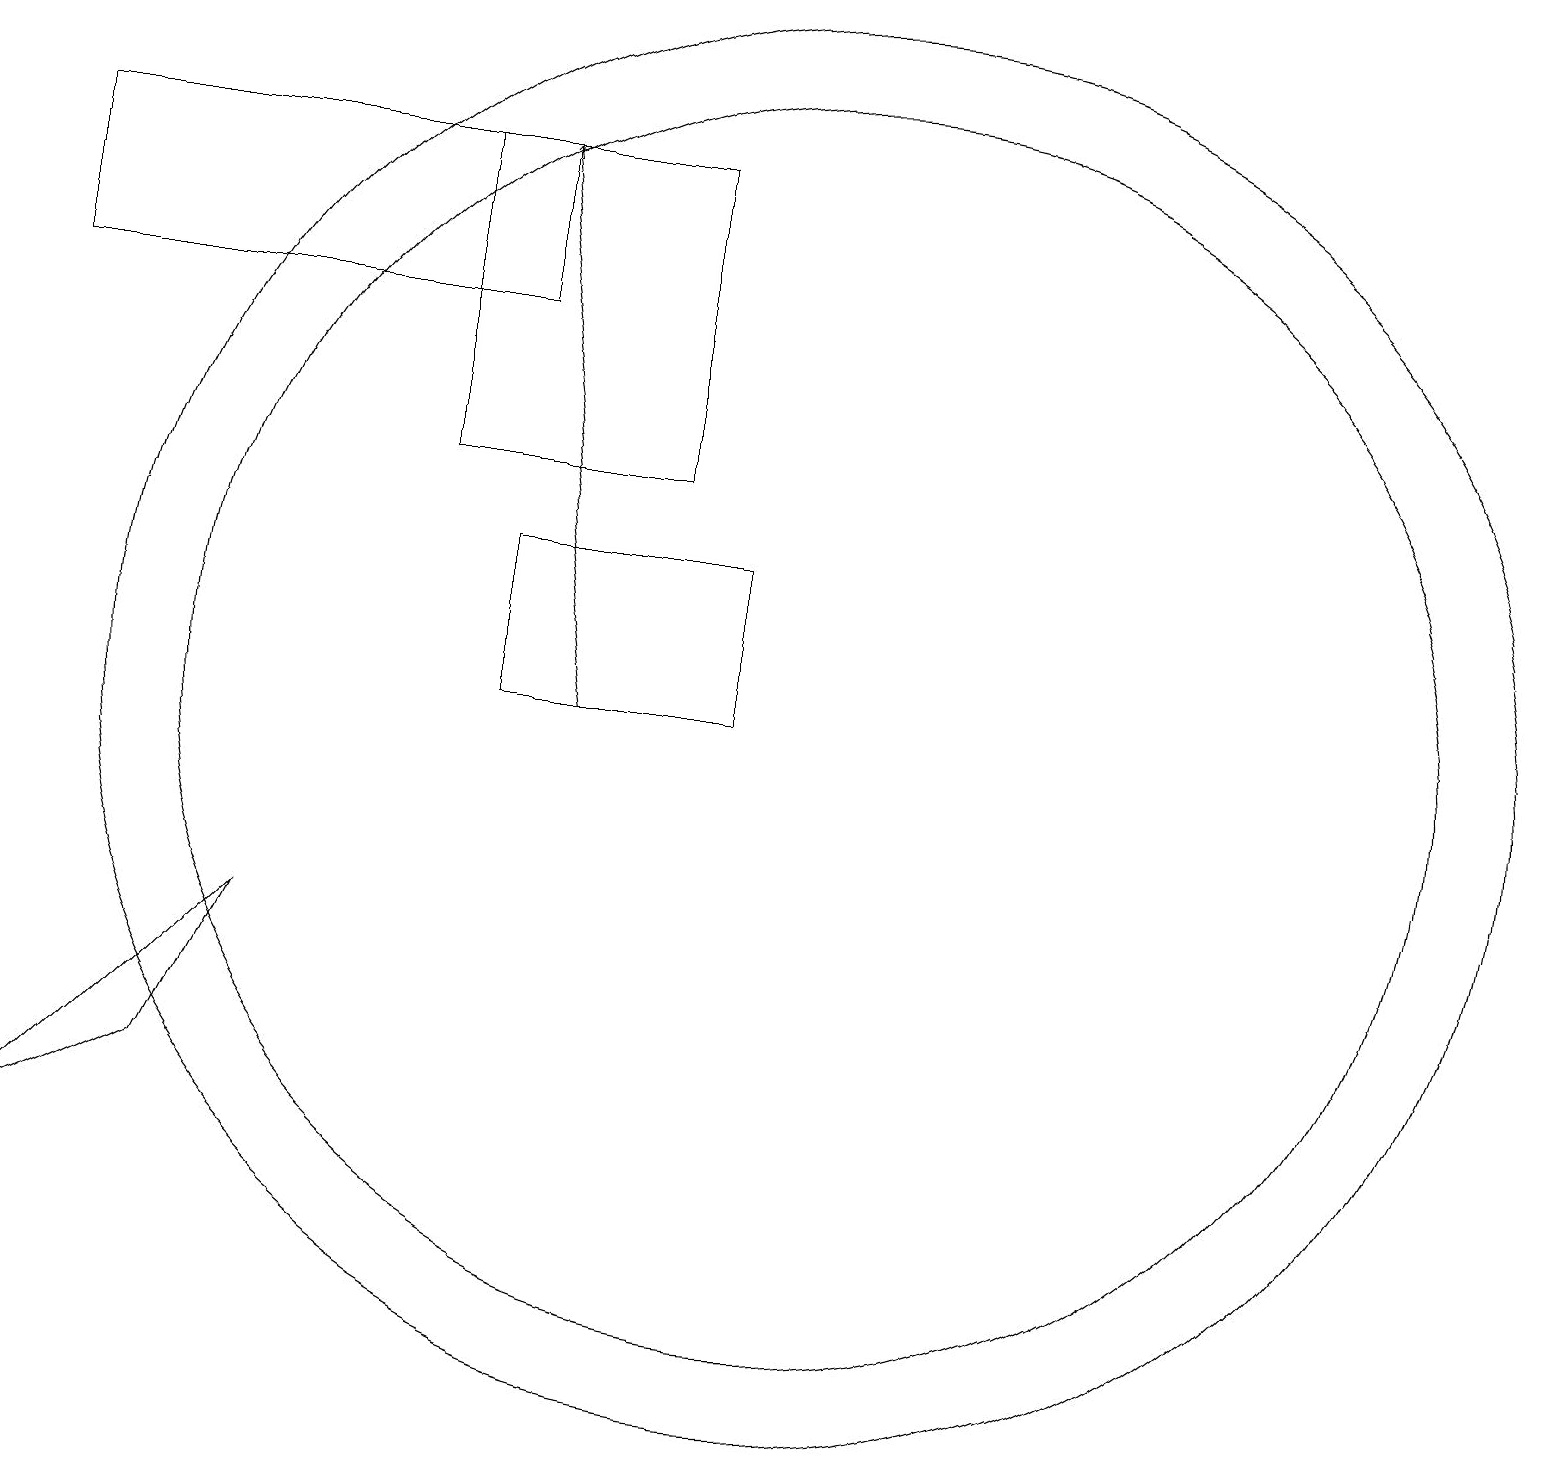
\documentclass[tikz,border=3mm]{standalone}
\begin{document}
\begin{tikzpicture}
\draw (10,11) circle (9);
\draw (5,14) rectangle (8,18);
\draw[->] (7,11) -- (6,18);
\draw (0,16) rectangle (6,18);
\draw (9,11) rectangle (6,13);
\draw (10,11) circle (8);
\draw (3,8) -- (0,5) -- (2,6) -- cycle;
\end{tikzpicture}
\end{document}